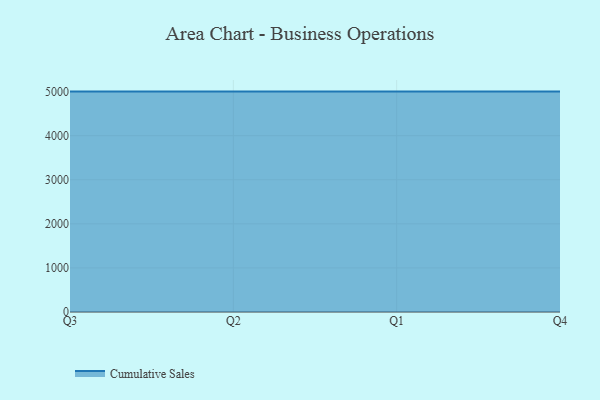
{"axis": {"x": "Quarter", "y": "Satisfaction Score"}, "legend": ["Cumulative Sales"], "data": [{"x": "Q3", "y": 5000, "type": "Cumulative Sales"}, {"x": "Q2", "y": 5000, "type": "Cumulative Sales"}, {"x": "Q1", "y": 5000, "type": "Cumulative Sales"}, {"x": "Q4", "y": 5000, "type": "Cumulative Sales"}]}